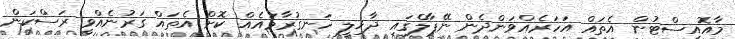
މާއޮއިސްޓުން އެތައް އަހަރެއްވަންދެން ނޭޕާލްގައި ދާޚިލީ ހަނގުރާމައެއް ކޮށް އެތައް ގަރުނެއްވީ ރަސްކަން